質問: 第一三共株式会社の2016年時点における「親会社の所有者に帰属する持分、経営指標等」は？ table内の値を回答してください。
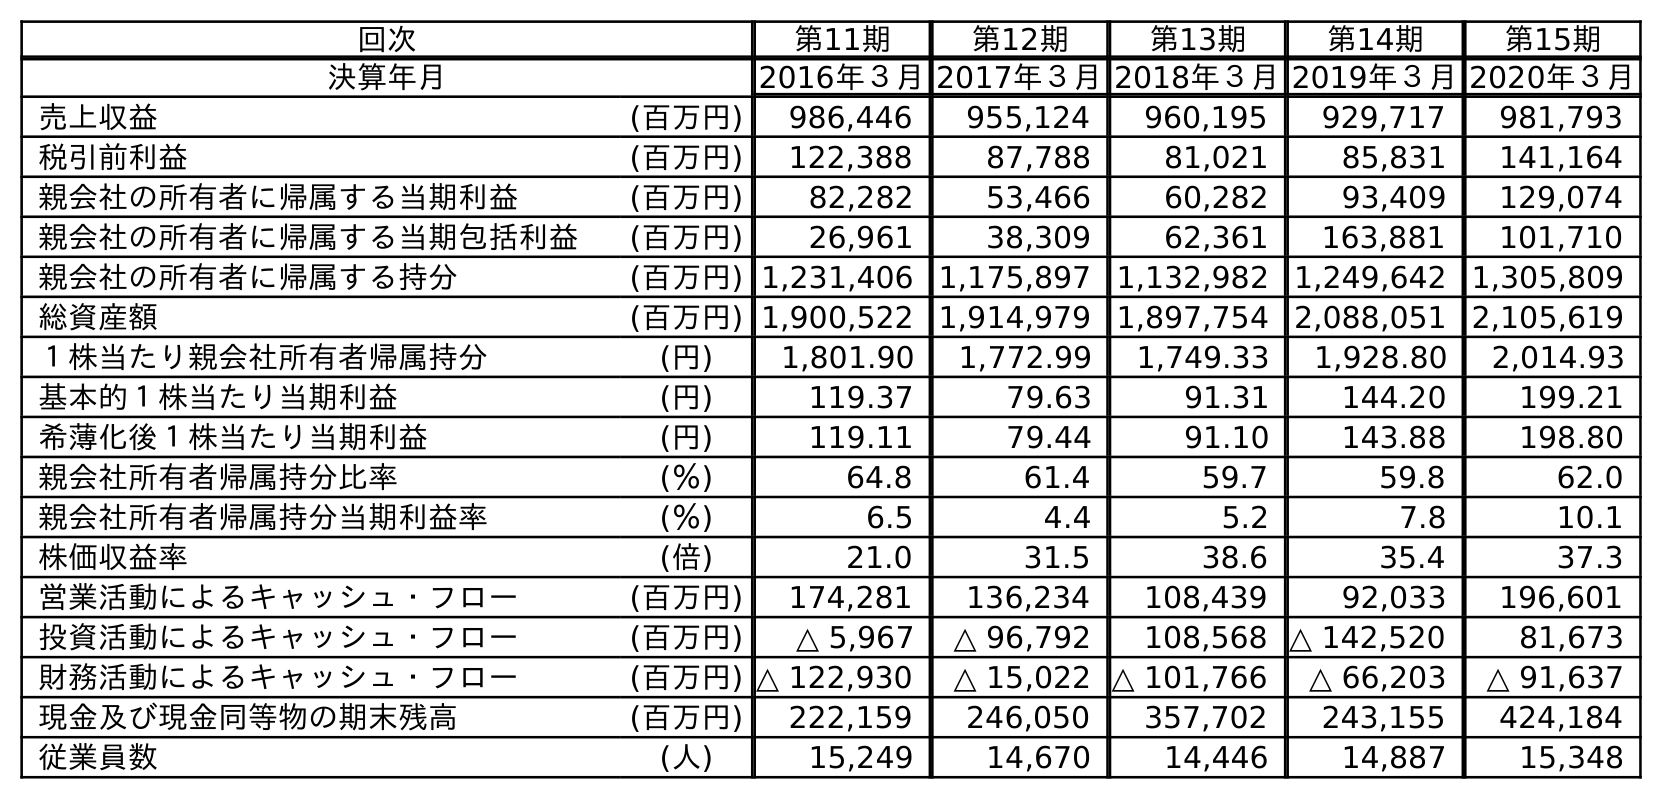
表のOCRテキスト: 回次 第11期 第12期 第13期 第14期 第15期 決算年月 2016年３月2017年３月2018年３月2019年３月2020年３月 売上収益 (百万円) 986,446 955,124 960,195 929,717 981,793 税引前利益 (百万円) 122,388 87,788 81,021 85,831 141,164 親会社の所有者に帰属する当期利益 (百万円) 82,282 53,466 60,282 93,409 129,074 親会社の所有者に帰属する当期包括利益 (百万円) 26,961 38,309 62,361 163,881 101,710 親会社の所有者に帰属する持分 (百万円) 1,231,406 1,175,897 1,132,982 1,249,642 1,305,809 総資産額 (百万円) 1,900,522 1,914,979 1,897,754 2,088,051 2,105,619 １株当たり親会社所有者帰属持分 (円) 1,801.90 1,772.99 1,749.33 1,928.80 2,014.93 基本的１株当たり当期利益 (円) 119.37 79.63 91.31 144.20 199.21 希薄化後１株当たり当期利益 (円) 119.11 79.44 91.10 143.88 198.80 親会社所有者帰属持分比率 (％) 64.8 61.4 59.7 59.8 62.0 親会社所有者帰属持分当期利益率 (％) 6.5 4.4 5.2 7.8 10.1 株価収益率 (倍) 21.0 31.5 38.6 35.4 37.3 営業活動によるキャッシュ・フロー (百万円) 174,281 136,234 108,439 92,033 196,601 投資活動によるキャッシュ・フロー (百万円) △ 5,967 △ 96,792 108,568 △ 142,520 81,673 財務活動によるキャッシュ・フロー (百万円) △ 122,930 △ 15,022 △ 101,766 △ 66,203 △ 91,637 現金及び現金同等物の期末残高 (百万円) 222,159 246,050 357,702 243,155 424,184 従業員数 (人) 15,249 14,670 14,446 14,887 15,348
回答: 1,231,406